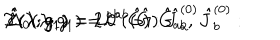
LaTeX: \hat { T } ( \lambda ; g _ { 1 } ) = L ^ { a b } ( \hat { G } ) : \hat { J } _ { a } ^ { ( 0 ) } \hat { J } _ { b } ^ { ( 0 ) } : \hspace { . 0 5 i n } , \hspace { . 3 i n } \hat { c } ( \lambda ; g _ { 1 } ) = 2 L ^ { a b } ( \hat { G } ) \hat { G } _ { a b } , \hspace { . 3 i n } \hat { \Delta } _ { 0 } ( \lambda ; g _ { 1 } ) = 0